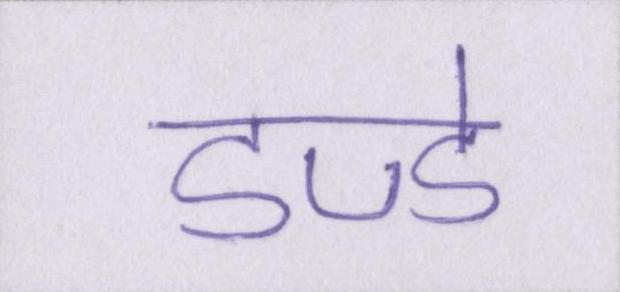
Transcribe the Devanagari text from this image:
डण्डे